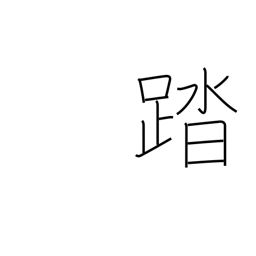
Meaning: carry through